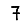
Digit: 7